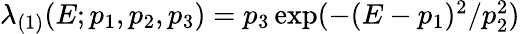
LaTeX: \begin{array}{r}{\lambda_{(1)}(E;p_{1},p_{2},p_{3})=p_{3}\exp(-(E-p_{1})^{2}/p_{2}^{2})}\end{array}